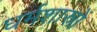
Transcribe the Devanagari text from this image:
धर्मशास्रों